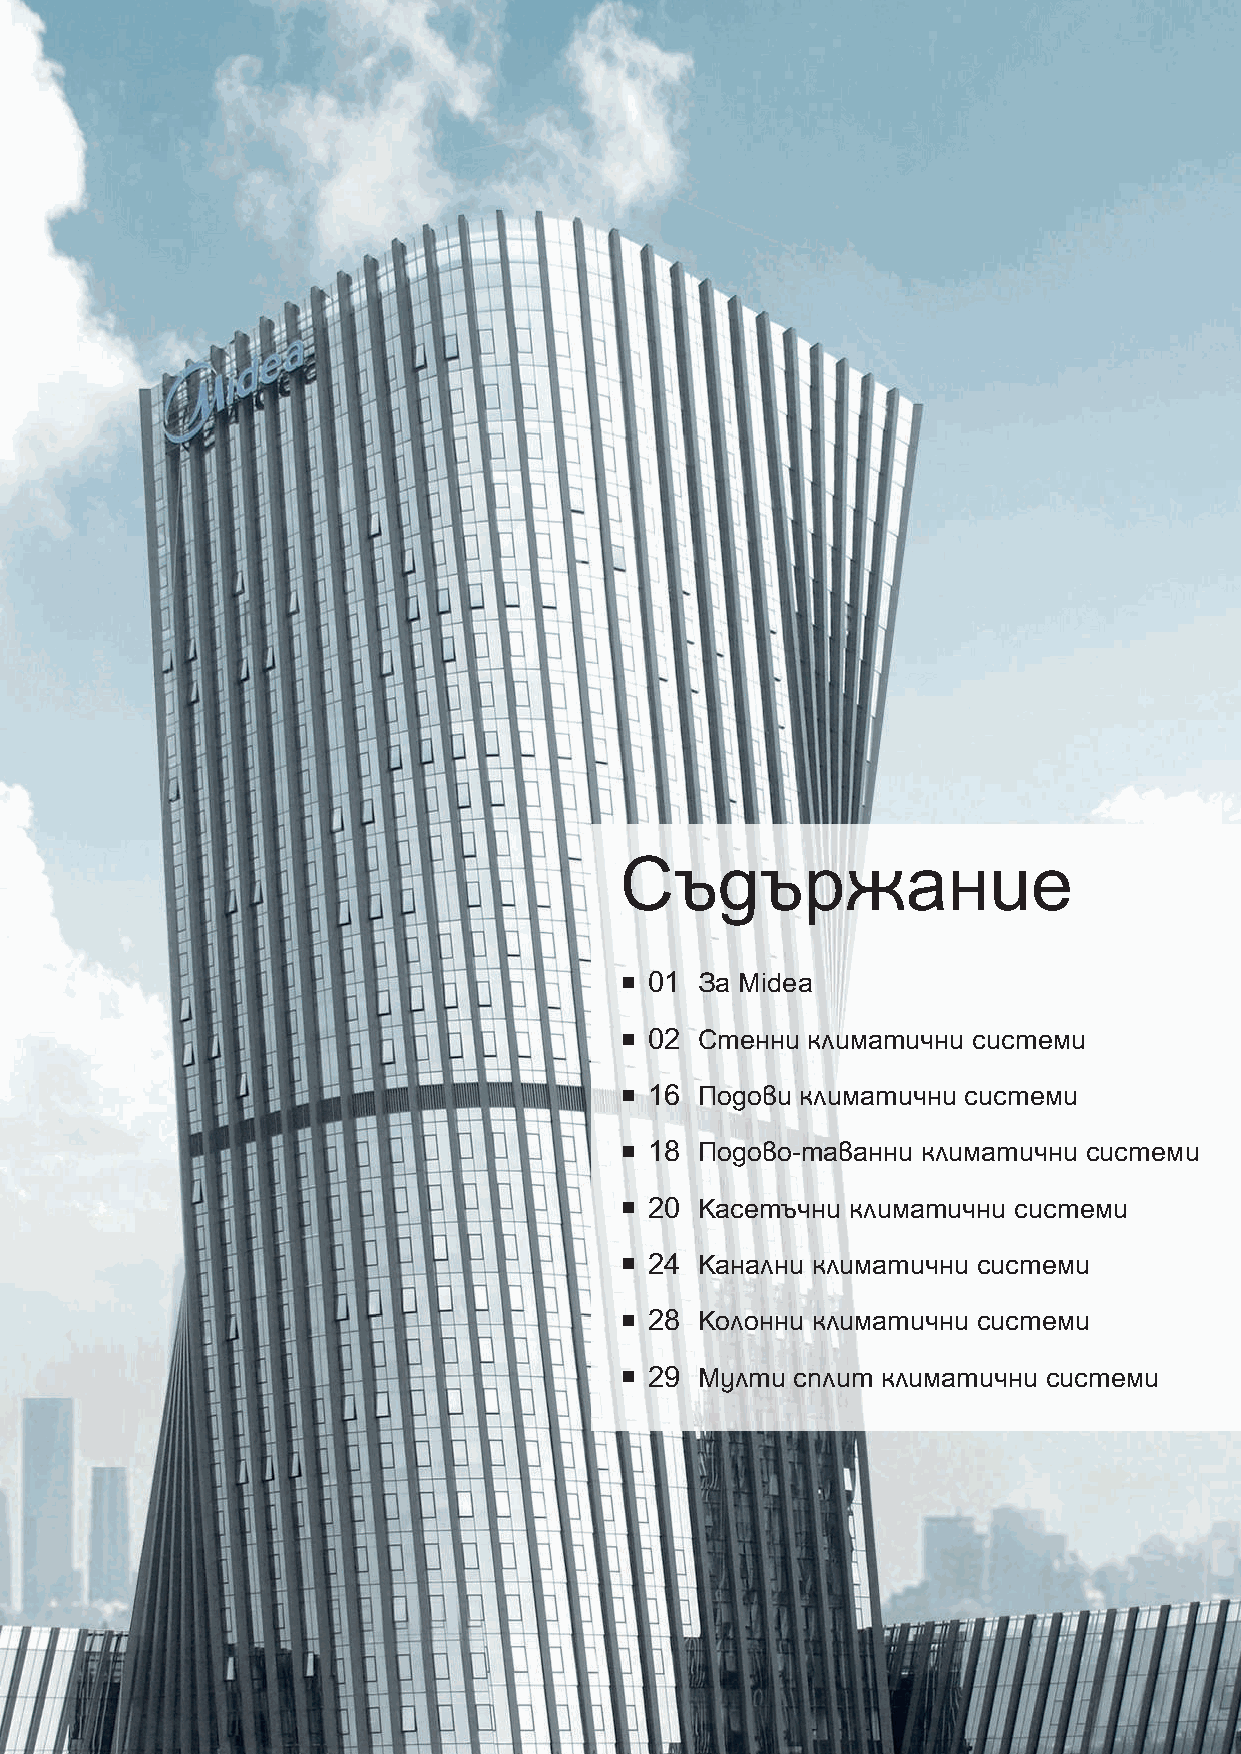
Съдържание
 01 За Midea
 02 Стенни климатични системи
 16 Подови климатични системи
 18 Подово-таванни климатични системи
 20 Касетъчни климатични системи
 24 Канални климатични системи
 28 Колонни климатични системи
 29 Мулти  сплит климатични системи